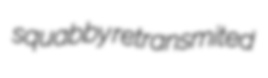
squabby retransmited